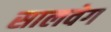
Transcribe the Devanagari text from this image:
सालवेग